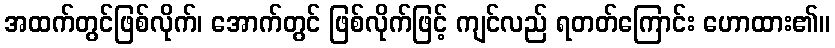
အထက်တွင်ဖြစ်လိုက်၊ အောက်တွင် ဖြစ်လိုက်ဖြင့် ကျင်လည် ရတတ်ကြောင်း ဟောထား၏။